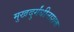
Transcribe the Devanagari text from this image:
मुखदुर्गंधीनाशक